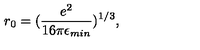
r _ { 0 } = ( \frac { e ^ { 2 } } { 1 6 \pi \epsilon _ { m i n } } ) ^ { 1 / 3 } ,